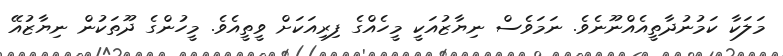
މަލަކާ ކަމުނުދާތީއެއްނޫނެވެ. ނަމަވެސް ނިޔާޒުއަކީ މީހެއްގެ ފިރިއަކަށް ވީތީއެވެ. މީހުންގެ ދޫތަކުން ނިޔާޒުއޭ